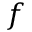
f